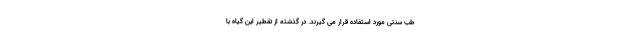
طب سنتی مورد استفاده قرار می گیرند. در گذشته از تقطیر این گیاه با